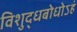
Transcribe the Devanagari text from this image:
विशुद्धबोधोऽहं